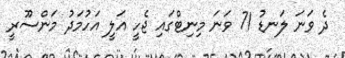
ދެ ވަނަ ލަނޑު 71 ވަނަ މިނިޓްގައި ޖެހީ އަލީ އަހުމަދު މަންސޫރީ